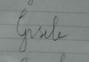
Signature authenticity: forged